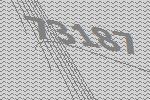
73187